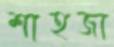
শাহজা